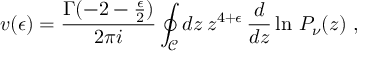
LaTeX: v ( \epsilon ) = \frac { \Gamma ( - 2 - { \frac { \epsilon } { 2 } } ) } { 2 \pi i } \oint _ { \mathcal C } d z \, z ^ { 4 + \epsilon } \, \frac { d } { d z } \ln \, P _ { \nu } ( z ) \; ,